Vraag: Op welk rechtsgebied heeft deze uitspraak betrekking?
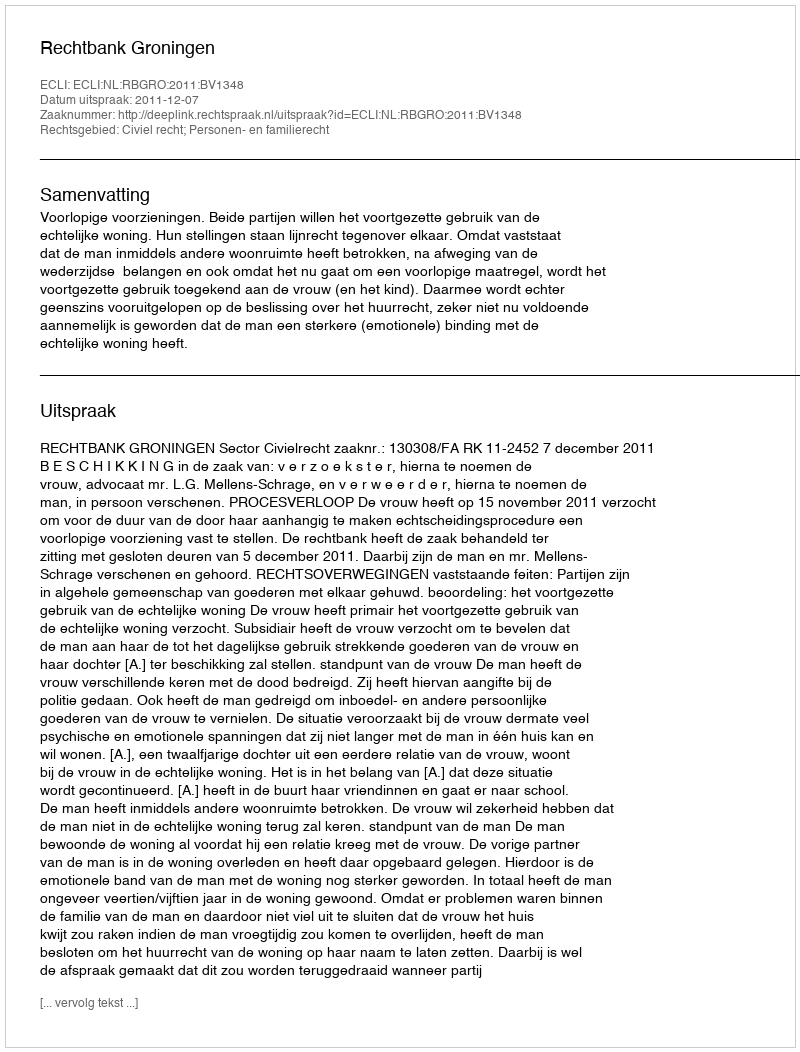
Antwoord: Civiel recht; Personen- en familierecht